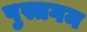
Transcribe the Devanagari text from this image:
पुस्तगम